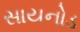
સાયનોડ